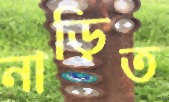
নাড়িত